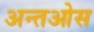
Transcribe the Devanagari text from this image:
अन्तओस